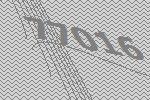
77016